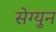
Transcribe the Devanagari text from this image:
सेग्युन